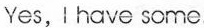
Yes,Ihave some.